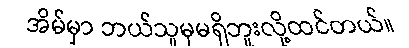
အိမ်မှာ ဘယ်သူမှမရှိဘူးလို့ထင်တယ်။